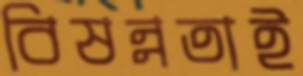
বিষন্নতাই